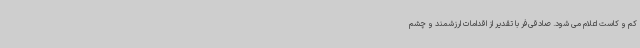
کم و کاست اعلام می شود. صادقی‌فر با تقدیر از اقدامات ارزشمند و چشم